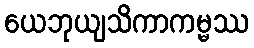
ယေဘုယျသိကာကမ္မဿ